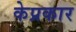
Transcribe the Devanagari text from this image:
केप्रकार